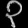
Digit: ၃